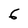
Character: 6